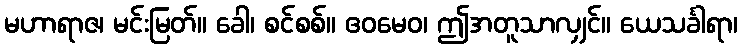
မဟာရာဇ၊ မင်းမြတ်။ ခေါ၊ စင်စစ်။ ဧဝမေဝ၊ ဤအတူသာလျှင်။ ယေသင်္ခါရာ၊